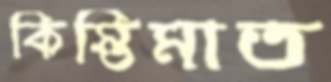
কিস্তিমাত